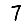
Digit: 7